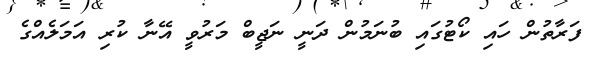
ފަރާތުން ހައި ކޯޓުގައި ބުނަމުން ދަނީ ނަޖީބް މަރުވީ އޭނާ ކުރި އަމަލެއްގެ